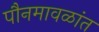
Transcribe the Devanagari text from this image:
पौनमावळांत